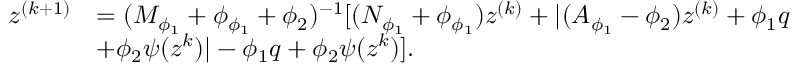
\begin{array} { r l } { z ^ { ( k + 1 ) } } & { = ( M _ { \phi _ { 1 } } + \phi _ { \phi _ { 1 } } + \phi _ { 2 } ) ^ { - 1 } [ ( N _ { \phi _ { 1 } } + \phi _ { \phi _ { 1 } } ) z ^ { ( k ) } + \lvert ( A _ { \phi _ { 1 } } - \phi _ { 2 } ) z ^ { ( k ) } + \phi _ { 1 } q } \\ & { + \phi _ { 2 } \psi ( z ^ { k } ) \rvert - \phi _ { 1 } q + \phi _ { 2 } \psi ( z ^ { k } ) ] . } \end{array}